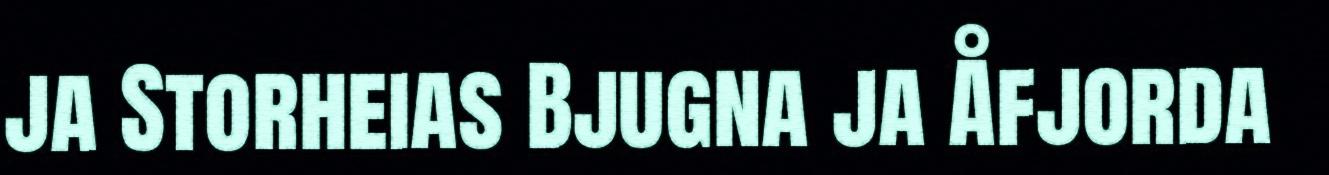
ja Storheias Bjugna ja Åfjorda